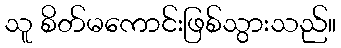
သူ စိတ်မကောင်းဖြစ်သွားသည်။